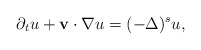
\begin{align*}\partial_t u + {\bf v}\cdot \nabla u =(-\Delta)^s u,\end{align*}